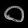
Digit: ၀